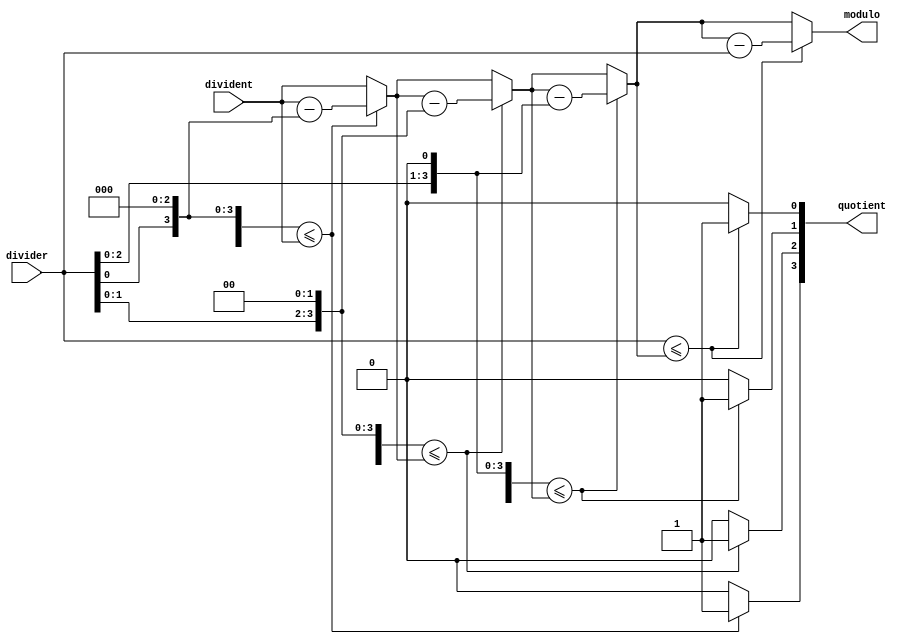
`default_nettype none

module divide(divident, divider, quotient, modulo);

parameter BITS = 4;

input wire [BITS - 1: 0] divident;
input wire [BITS - 1: 0] divider;
output wire [BITS - 1: 0] quotient;
output wire [BITS - 1: 0] modulo;

reg [BITS - 1: 0] tmp;
reg [BITS - 1: 0] res;
reg [2*(BITS - 1): 0] sub;
integer i;

always @(divident, divider)
begin
	tmp = divident;
	sub = {BITS-1'b0, divider} << BITS-1;
	for (i = BITS - 1; i >= 0; i = i - 1) begin :div_for
		if(sub <= tmp) begin
			res[i] = 1;
			tmp = tmp - sub;
		end else begin
			res[i] = 0;
		end
		sub = sub >> 1;
	end
end

assign modulo = tmp;
assign quotient = res;

endmodule


module minicalc(
	input wire [7:0] sw,
	input wire [3:0] btn,
	output wire [7:0] led
);

reg [7:0] res;

wire [7:0] divres;
divide #(.BITS(4)) div(.divident(sw[7:4]), .divider(sw[3:0]), .quotient(divres[7:4]), .modulo(divres[3:0]));

always @*
begin
	if(btn[0]) begin
		res[7:4] = sw[7:4] + sw[3:0];
		res[3:0] = sw[7:4] - sw[3:0];
	end else if(btn[1]) begin
		if(sw[7:4] > sw[3:0]) begin
			res[7:4] = sw[3:0];
			res[3:0] = sw[7:4];
		end else begin
			res[7:4] = sw[7:4];
			res[3:0] = sw[3:0];
		end
	end else if(btn[2]) begin
		res[7:0] = sw[7:4] * sw[3:0];
	end else if(btn[3]) begin
		res = divres;
	end else begin
		res[7:0] = 0;
	end
end

assign led = res;

endmodule